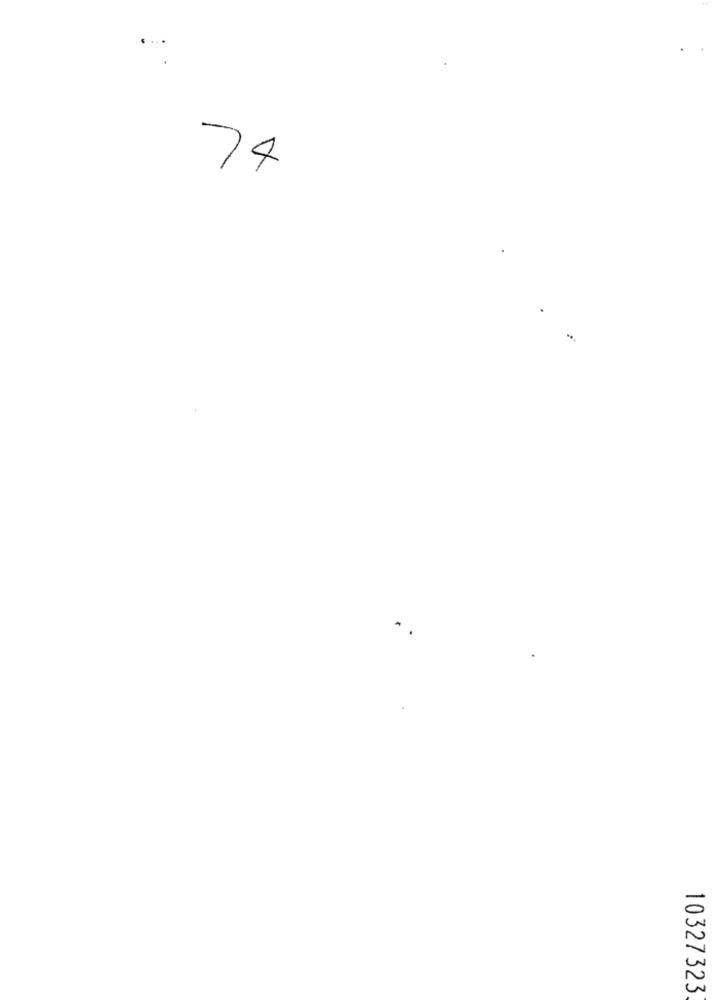
V
74
10327323